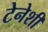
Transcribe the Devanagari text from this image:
टेनेशी